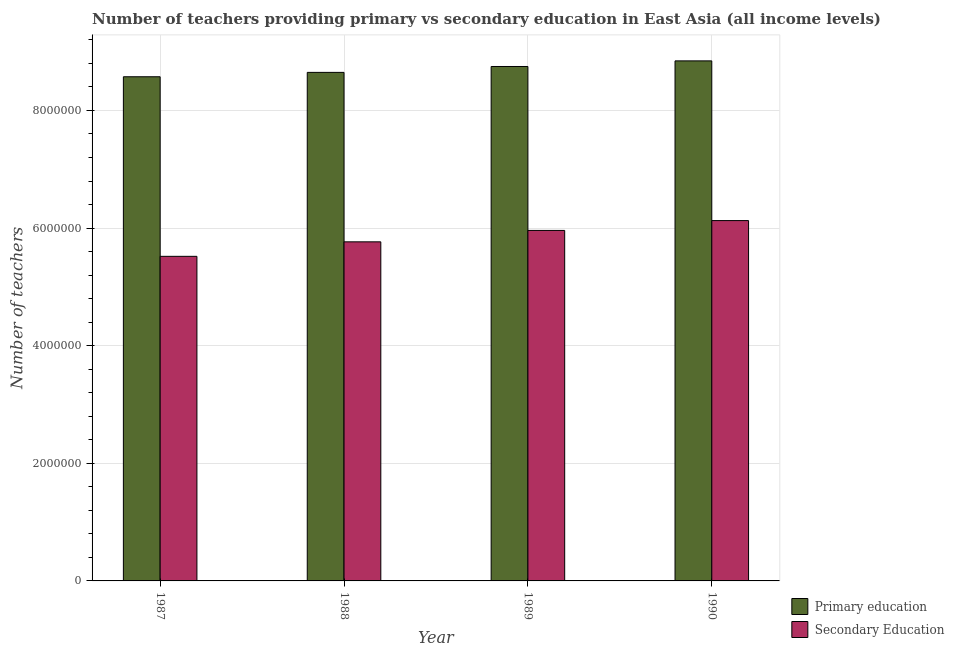
| Year | Primary education | Secondary Education |
 | --- | --- | --- |
 | 1987 | 8.57e+06 | 5.52e+06 |
 | 1988 | 8.65e+06 | 5.77e+06 |
 | 1989 | 8.75e+06 | 5.96e+06 |
 | 1990 | 8.84e+06 | 6.13e+06 |